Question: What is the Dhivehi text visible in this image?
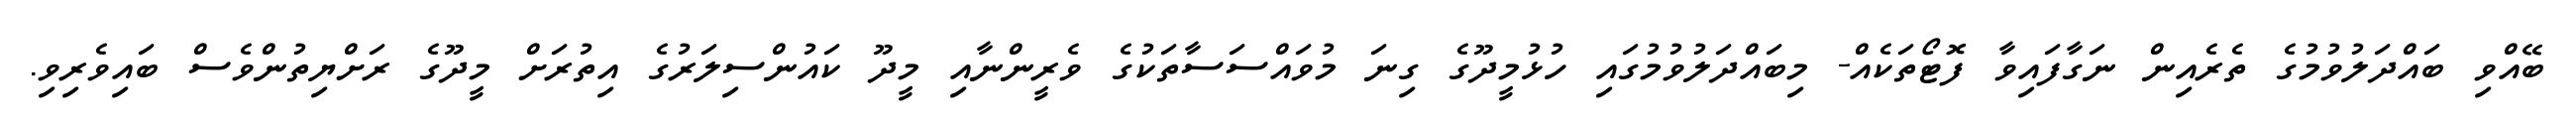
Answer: ބޭއްވި ބައްދަލުވުމުގެ ތެރެއިން ނަގާފައިވާ ފޮޓޯތަކެއް- މިބައްދަލުވުމުގައި ހުޅުމީދޫގެ ގިނަ މުވައްސަސާތަކުގެ ވެރީންނާއި މީދޫ ކައުންސިލަރުގެ އިތުރަށް މީދޫގެ ރަށްޔިތުންވެސް ބައިވެރިވި.